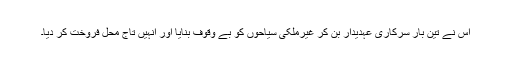
اس نے تین بار سرکاری عہدیدار بن کر غیرملکی سیاحوں کو بے وقوف بنایا اور انہیں تاج محل فروخت کر دیا۔